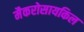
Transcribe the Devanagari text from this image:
मैकरोसायकिल